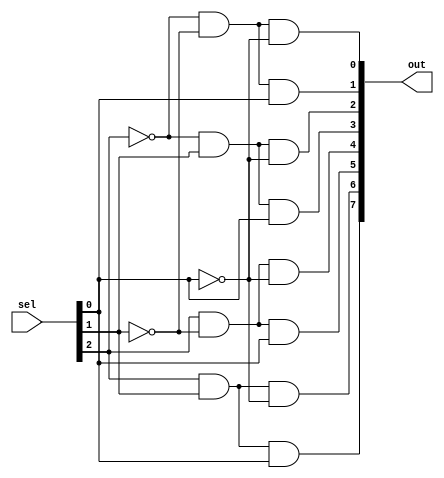
`timescale 1ns/1ps

module NAND_Decoder_3x8 (out, sel);

parameter SIZE_IN = 3;
parameter SIZE_OUT = 8;

input [SIZE_IN-1:0] sel;
output [SIZE_OUT-1:0] out;

wire [SIZE_IN-1:0] sel_n;
wire [SIZE_OUT-1:0] out_n;

nand nand0 (sel_n[0], sel[0], sel[0]);
nand nand1 (sel_n[1], sel[1], sel[1]);
nand nand2 (sel_n[2], sel[2], sel[2]);

nand nand3 (out_n[0], sel_n[2], sel_n[1], sel_n[0]);
nand nand4 (out_n[1], sel_n[2], sel_n[1], sel[0]);
nand nand5 (out_n[2], sel_n[2], sel[1], sel_n[0]);
nand nand6 (out_n[3], sel_n[2], sel[1], sel[0]);
nand nand7 (out_n[4], sel[2], sel_n[1], sel_n[0]);
nand nand8 (out_n[5], sel[2], sel_n[1], sel[0]);
nand nand9 (out_n[6], sel[2], sel[1], sel_n[0]);
nand nand10 (out_n[7], sel[2], sel[1], sel[0]);

nand nand11 (out[0], out_n[0], out_n[0]);
nand nand12 (out[1], out_n[1], out_n[1]);
nand nand13 (out[2], out_n[2], out_n[2]);
nand nand14 (out[3], out_n[3], out_n[3]);
nand nand15 (out[4], out_n[4], out_n[4]);
nand nand16 (out[5], out_n[5], out_n[5]);
nand nand17 (out[6], out_n[6], out_n[6]);
nand nand18 (out[7], out_n[7], out_n[7]);

endmodule